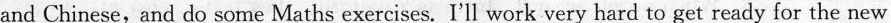
and Chinese,and do some Maths exercises. I'll work very hard to get ready for the new